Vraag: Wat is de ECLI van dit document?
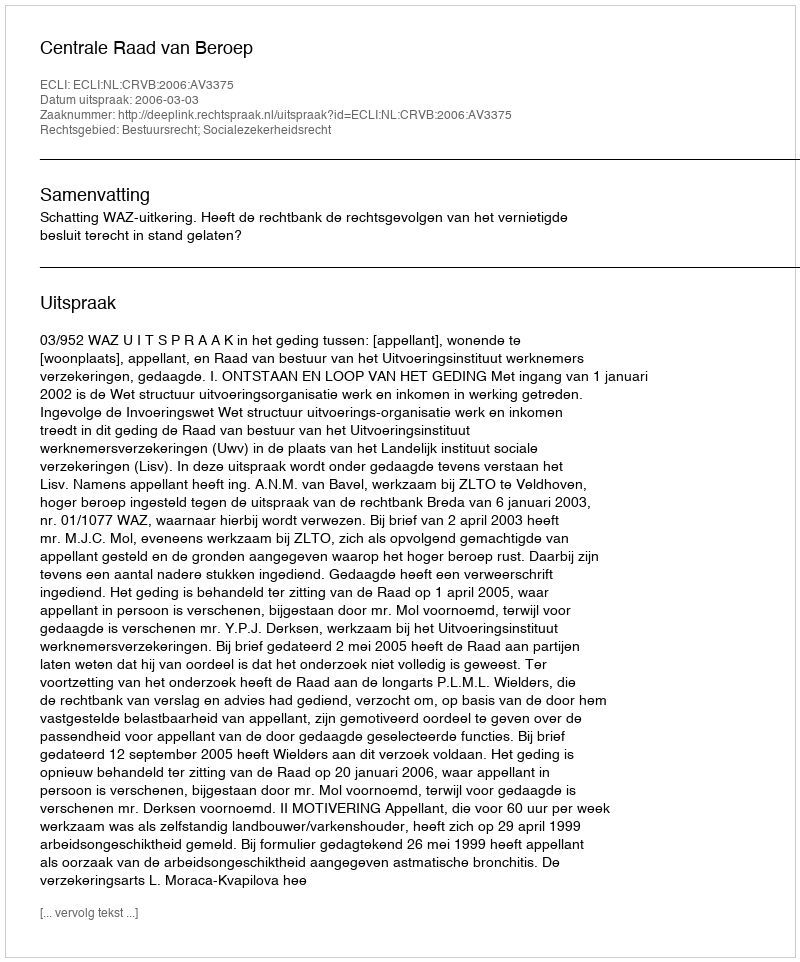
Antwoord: ECLI:NL:CRVB:2006:AV3375